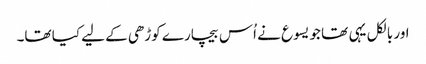
اور بالکل یہی تھا جو یسوع نے اُس بیچارے کوڑھی کے لیے کیا تھا۔